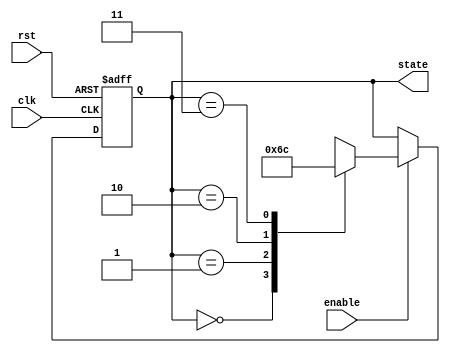
module state_machine (
    input wire clk,        // Clock input
    input wire rst,        // Asynchronous reset
    input wire enable,     // State transition enable
    output reg [1:0] state // 2-bit state output
);

    // Define state encoding
    localparam STATE_0 = 2'b00;
    localparam STATE_1 = 2'b01;
    localparam STATE_2 = 2'b10;
    localparam STATE_3 = 2'b11;

    // Synchronous state transition block
    always @(posedge clk or posedge rst) begin
        if (rst) begin
            state <= STATE_0; // Reset to initial state
        end else if (enable) begin
            case (state)
                STATE_0: state <= STATE_1; // Transition from STATE_0 to STATE_1
                STATE_1: state <= STATE_2; // Transition from STATE_1 to STATE_2
                STATE_2: state <= STATE_3; // Transition from STATE_2 to STATE_3
                STATE_3: state <= STATE_0; // Transition from STATE_3 to STATE_0
                default: state <= STATE_0; // Default state
            endcase
        end
    end

endmodule